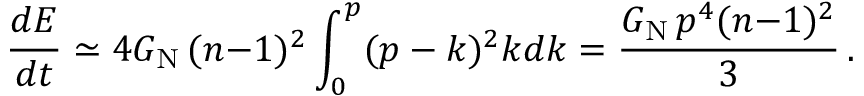
\frac { d E } { d t } \simeq 4 G _ { \mathrm { N } } \, ( n { - } 1 ) ^ { 2 } \int _ { 0 } ^ { p } ( p - k ) ^ { 2 } k d k = \frac { G _ { \mathrm { N } } \, p ^ { 4 } ( n { - } 1 ) ^ { 2 } } { 3 } \, .